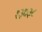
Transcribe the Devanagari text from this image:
१३७३८